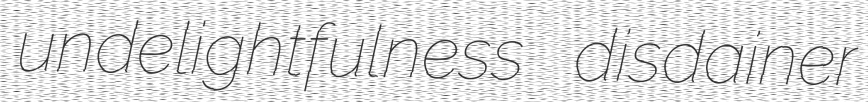
undelightfulness disdainer